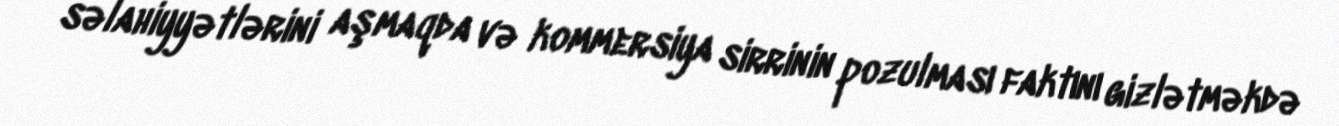
səlahiyyətlərini aşmaqda və kommersiya sirrinin pozulması faktını gizlətməkdə